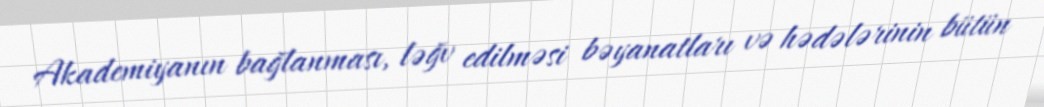
Akademiyanın bağlanması, ləğv edilməsi bəyanatları və hədələrinin bütün